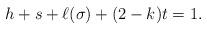
LaTeX: \begin{align*} h + s + \ell(\sigma) + (2-k) t = 1. \end{align*}